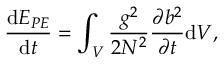
\frac { \mathrm { d } E _ { P E } } { \mathrm { d } t } = \int _ { V } \frac { g ^ { 2 } } { 2 N ^ { 2 } } \frac { \partial b ^ { 2 } } { \partial t } \mathrm { d } V ,